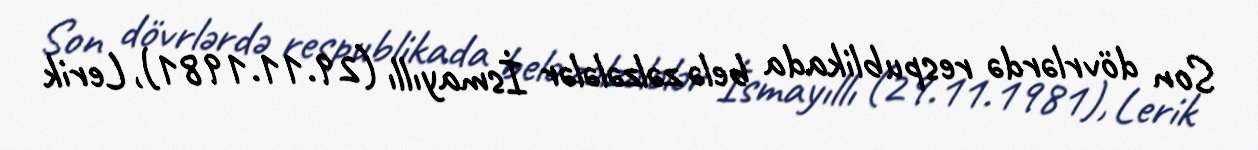
Son dövrlərdə respublikada belə zəlzələlər İsmayıllı (29.11.1981), Lerik